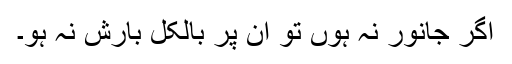
اگر جانور نہ ہوں تو ان پر بالکل بارش نہ ہو۔